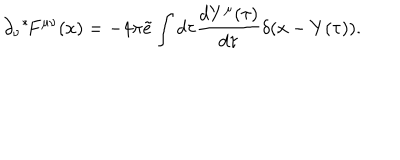
\partial _ { \nu } { } ^ { * } \! F ^ { \mu \nu } ( x ) = - 4 \pi \tilde { e } \int d \tau \frac { d Y ^ { \mu } ( \tau ) } { d \tau } \delta ( x - Y ( \tau ) ) .